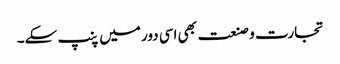
تجارت و صنعت بھی اسی دور میں پنپ سکے۔